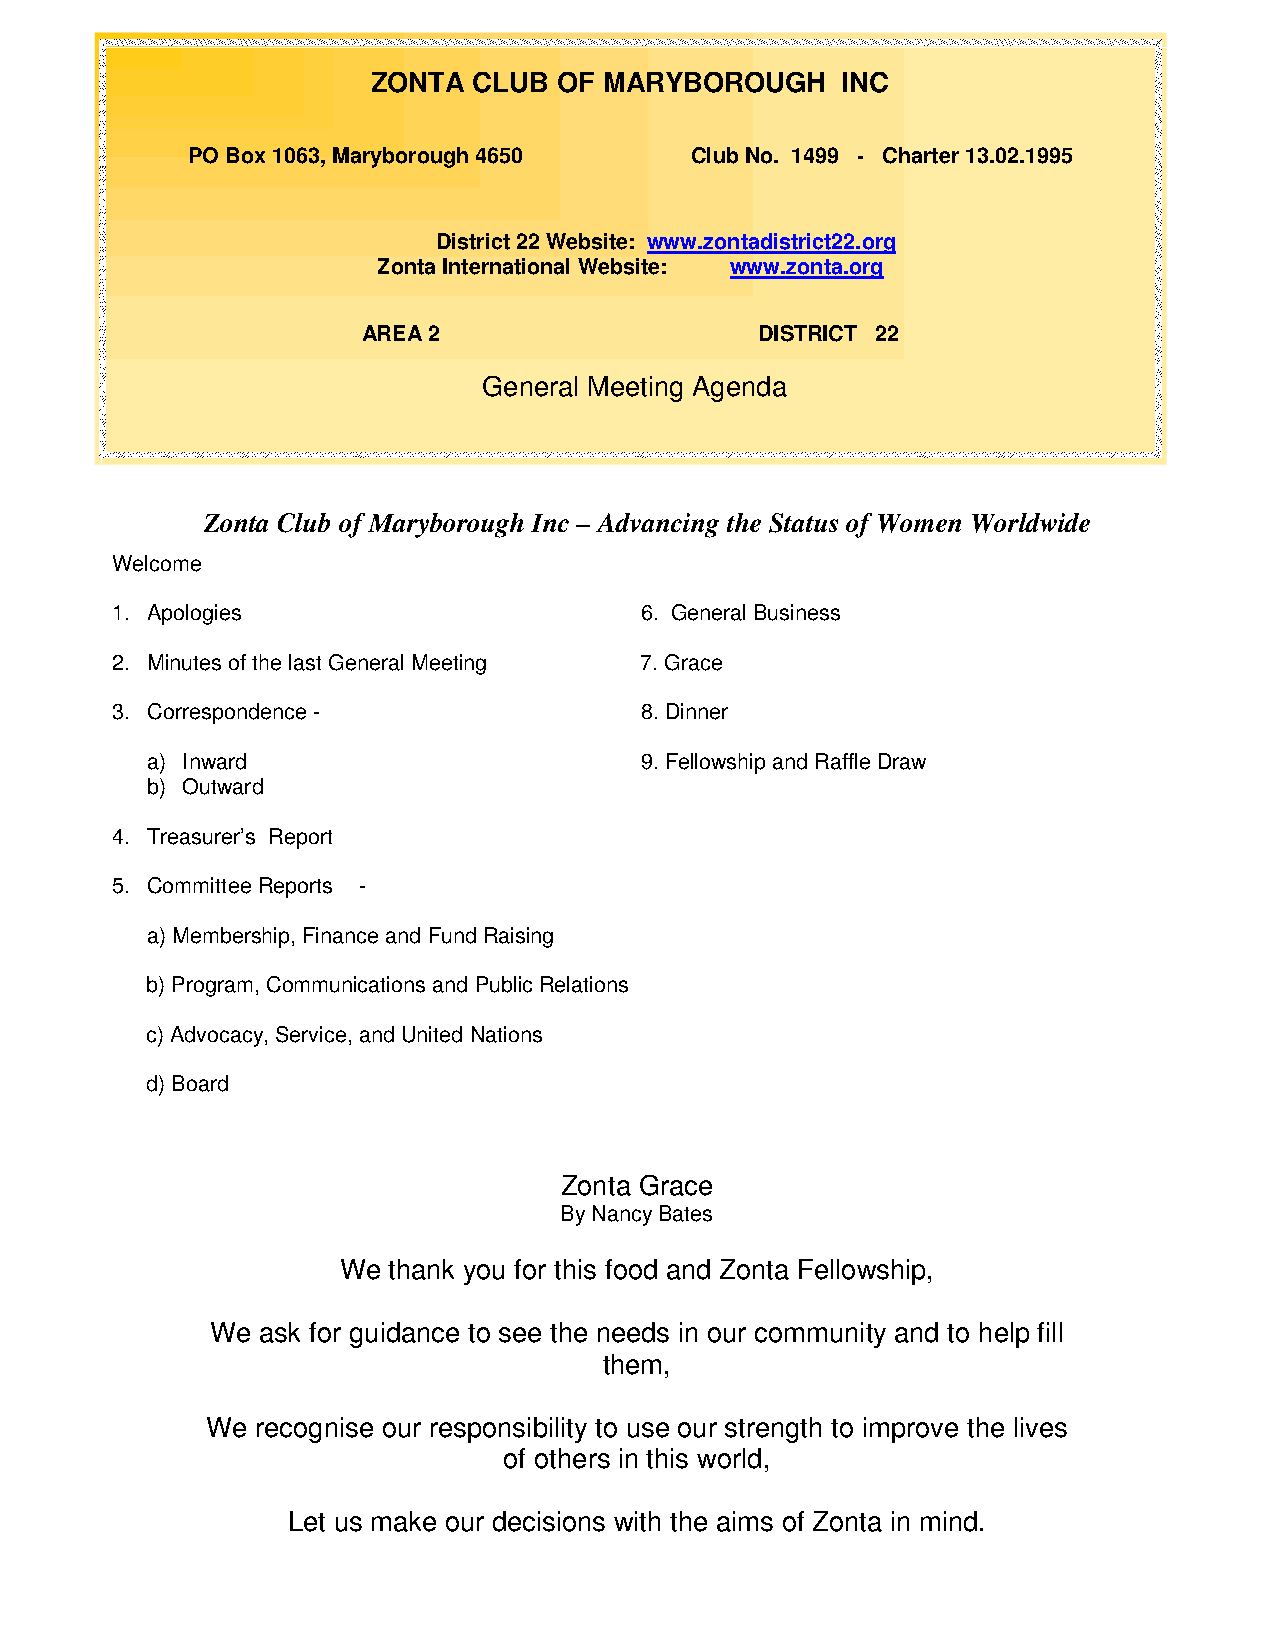
ZONTA CLUB  OF MARYBOROUGH     INC
 P O Box 1063, Maryborough 4650    Club No. 1499 - Charter 13.02.1995
 District 22 Website: www.zontadistrict22.org
 Zonta International Website: www.zonta.org
 AREA 2                    DISTRICT 22
 General Meeting Agenda
 Zonta Club of Maryborough Inc – Advancing the Status of Women Worldwide
 Welcome
 1. Apolo gies                      6. General Business
 2. Minut es of the last General Meeting 7. Grace
 3. Correspondence -                8. Dinner
 a) In ward                      9. Fellowship and Raffle Draw
 b) Outward
 4. Treas urer’s Report
 5. Comm ittee Reports -
 a) Me mbership, Finance and Fund Raising
 b) Program, Communications and Public Relations
 c) Advocacy, Service, and United Nations
 d) Board
 Zonta Grace
 By Nancy Bates
 We  thank you for this food and Zonta Fellowship,
 We ask for guidance to see the needs in our community and to help fill
 them,
 We recognise our responsibility to use our strength to improve the lives
 of others in this world,
 Let us make our decisions with the aims of Zonta in mind.